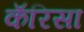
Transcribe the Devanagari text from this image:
कॅरिसा